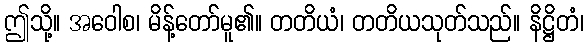
ဤသို့။ အဝေါစ၊ မိန့်တော်မူ၏။ တတိယံ၊ တတိယသုတ်သည်။ နိဋ္ဌိတံ၊